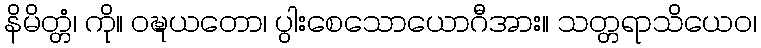
နိမိတ္တံ၊ ကို။ ဝဍ္ဎယတော၊ ပွါးစေသောယောဂီအား။ သတ္တရာသိယေဝ၊